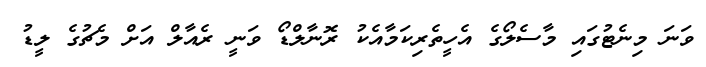
ވަނަ މިނެޓުގައި މާސެލޯގެ އެހީތެރިކަމާއެކު ރޮނާލްޑޯ ވަނީ ރެއާލް އަށް މެޗުގެ ލީޑު